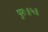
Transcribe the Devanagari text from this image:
पुरः॥५॥